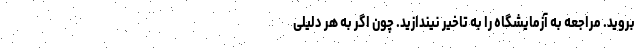
بروید. مراجعه به آزمایشگاه را به تاخیر نیندازید. چون اگر به هر دلیلی